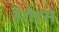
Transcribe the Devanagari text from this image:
हेरोडस